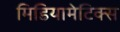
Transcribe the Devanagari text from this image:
मिडियामेटिक्स